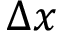
\Delta x